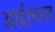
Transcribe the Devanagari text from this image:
आई।भारत